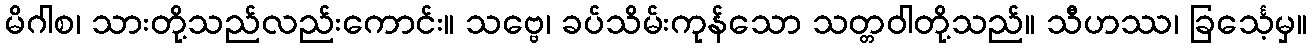
မိဂါစ၊ သားတို့သည်လည်းကောင်း။ သဗ္ဗေ၊ ခပ်သိမ်းကုန်သော သတ္တဝါတို့သည်။ သီဟဿ၊ ခြင်္သေ့မှ။